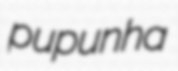
pupunha